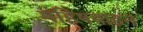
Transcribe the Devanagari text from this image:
महिषवाहन